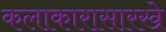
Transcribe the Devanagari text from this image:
कलाकारासारखे